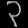
Digit: ၃